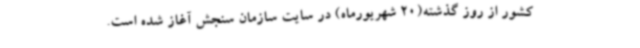
کشور از روز گذشته(20 شهریورماه) در سایت سازمان سنجش آغاز شده است.